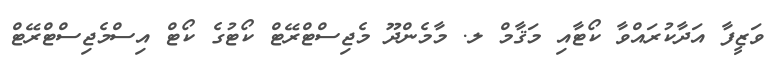
ވަޒީފާ އަދާކުރައްވާ ކޯޓާއި މަޤާމް ލ. މާމެންދޫ މެޖިސްޓްރޭޓް ކޯޓުގެ ކޯޓް އިސްމެޖިސްޓްރޭޓް